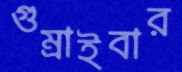
গুম্‌রাইবার